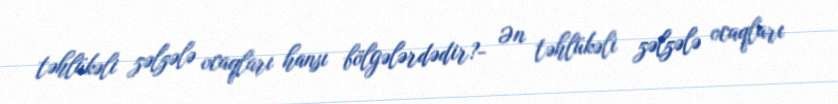
təhlükəli zəlzələ ocaqları hansı bölgələrdədir?- Ən təhlükəli zəlzələ ocaqları